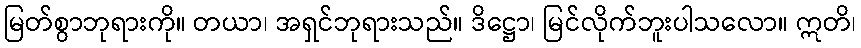
မြတ်စွာဘုရားကို။ တယာ၊ အရှင်ဘုရားသည်။ ဒိဋ္ဌော၊ မြင်လိုက်ဘူးပါသလော။ ဣတိ၊